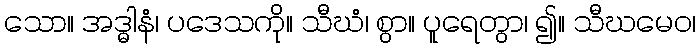
သော။ အဒ္ဓါနံ၊ ပဒေသကို။ သီဃံ၊ စွာ။ ပူရေတွာ၊ ၍။ သီဃမေဝ၊